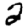
Digit: 2